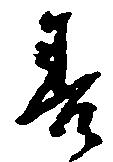
善